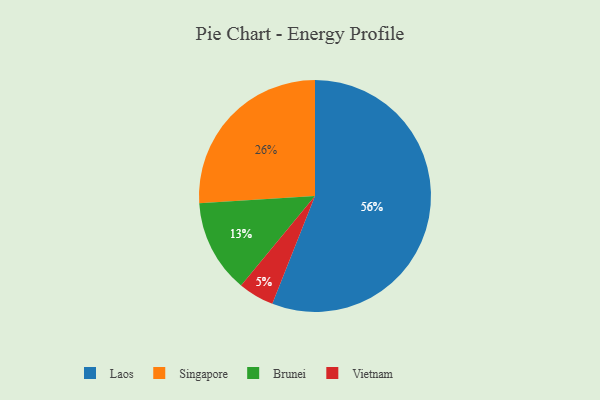
{"axis": {"x": "Category", "y": "Percentage"}, "legend": ["Brunei", "Laos", "Singapore", "Vietnam"], "data": [{"x": "Vietnam", "y": 5, "type": "Vietnam"}, {"x": "Laos", "y": 56, "type": "Laos"}, {"x": "Singapore", "y": 26, "type": "Singapore"}, {"x": "Brunei", "y": 13, "type": "Brunei"}]}